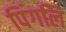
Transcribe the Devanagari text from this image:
पिंगलि